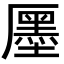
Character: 㕓